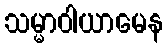
သမ္မာဝါယာမေန